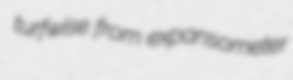
turfwise from expansometer